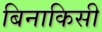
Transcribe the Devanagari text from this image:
बिनाकिसी